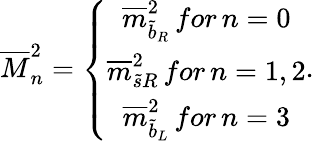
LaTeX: \overline{{{M}}}_{n}^{2}=\left\{ \begin{array}{c}{{\overline{{{m}}}_{\widetilde{b}_{R}}^{2}\, for\, n=0}}\\ {{\overline{{{m}}}_{\widetilde{s}R}^{2}\, for\, n=1,2}}\\ {{\overline{{{m}}}_{\widetilde{b}_{L}}^{2}\, for\, n=3}}\end{array}\right..